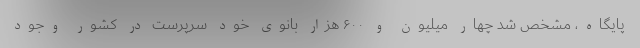
پایگاه، مشخص شد چهار میلیون و ۶۰۰ هزار بانوی خود سرپرست در کشور وجود